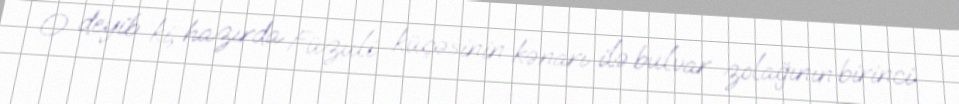
O deyib ki, hazırda Füzuli küçəsinin kənarı ilə bulvar zolağının birinci